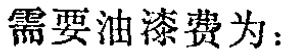
需要油漆费为：